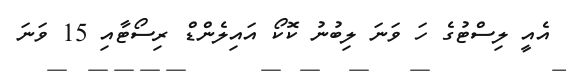
އެއީ ލިސްޓުގެ ހަ ވަނަ ލިބުނު ކޮކޯ އައިލެންޑް ރިސޯޓާއި 15 ވަނަ